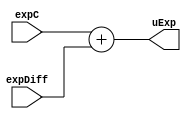
module expAdj(expC, expDiff, uExp);
    //adds expC (from mdiv) and expDiff and produces uExp
    input [8 : 0] expC;
    input [8 : 0] expDiff;
     
    output [8 : 0] uExp;
    assign uExp = expC + expDiff;
    
endmodule